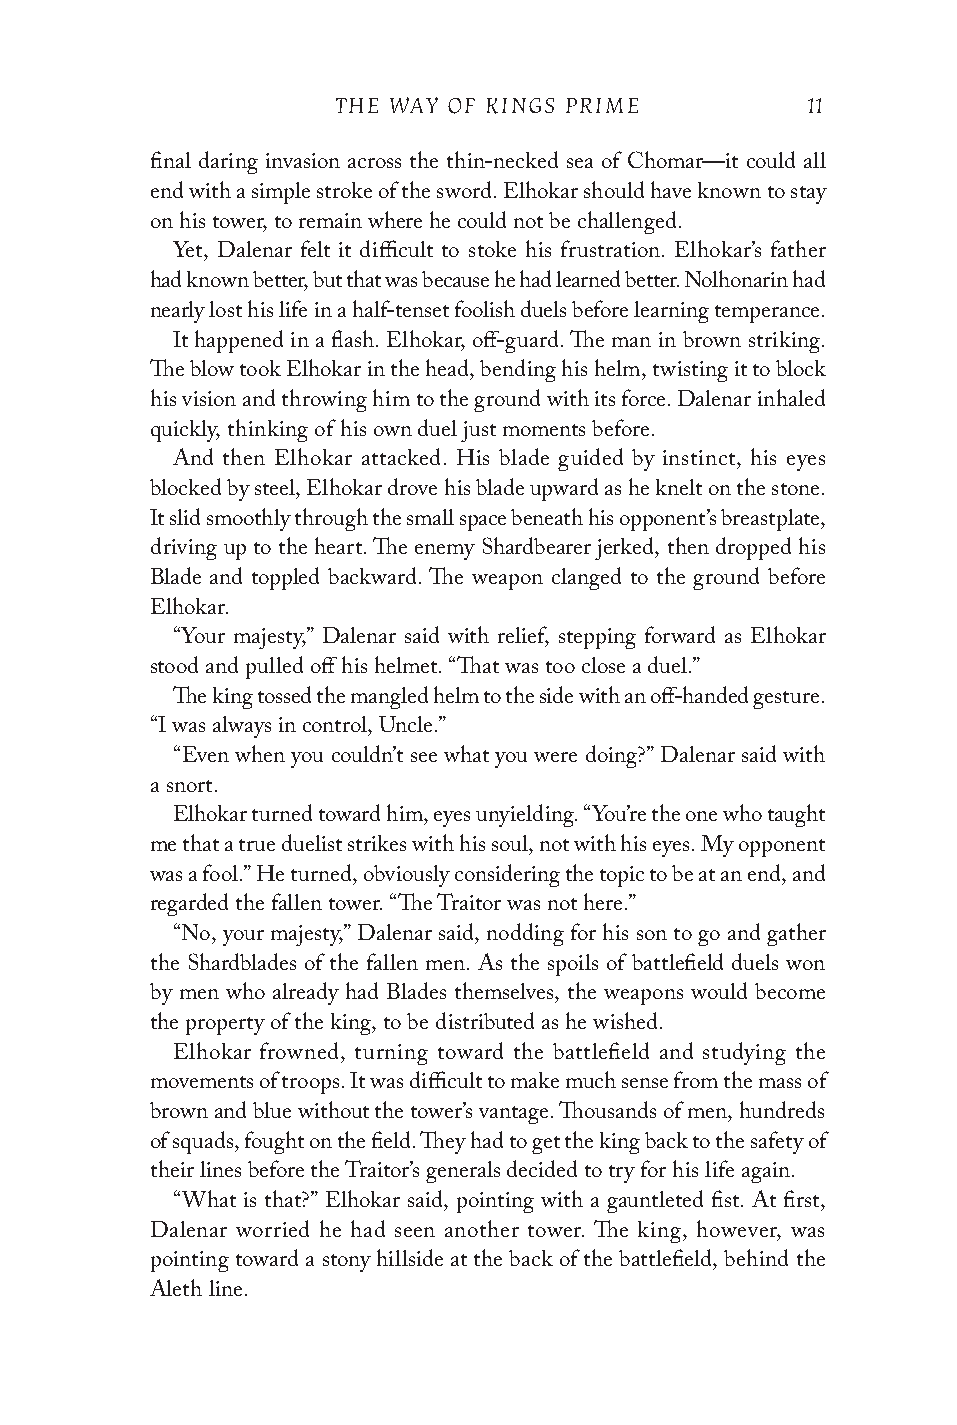
THE WAY OF KINGS PRIME         11
 final daring invasion across the thin-necked sea of Chomar—it could all
 end with a simple stroke of the sword. Elhokar should have known to stay
 on his tower, to remain where he could not be challenged.
 Yet, Dalenar felt it difficult to stoke his frustration. Elhokar’s father
 had known better, but that was because he had learned better. Nolhonarin had
 nearly lost his life in a half-tenset foolish duels before learning temperance.
 It happened in a flash. Elhokar, off-guard. The man in brown striking.
 The blow took Elhokar in the head, bending his helm, twisting it to block
 his vision and throwing him to the ground with its force. Dalenar inhaled
 quickly, thinking of his own duel just moments before.
 And then Elhokar attacked. His blade guided by instinct, his eyes
 blocked by steel, Elhokar drove his blade upward as he knelt on the stone.
 It slid smoothly through the small space beneath his opponent’s breastplate,
 driving up to the heart. The enemy Shardbearer jerked, then dropped his
 Blade and toppled backward. The weapon clanged to the ground before
 Elhokar.
 “Your majesty,” Dalenar said with relief, stepping forward as Elhokar
 stood and pulled off his helmet. “That was too close a duel.”
 The king tossed the mangled helm to the side with an off-handed gesture.
 “I was always in control, Uncle.”
 “Even when you couldn’t see what you were doing?” Dalenar said with
 a snort.
 Elhokar turned toward him, eyes unyielding. “You’re the one who taught
 me that a true duelist strikes with his soul, not with his eyes. My opponent
 was a fool.” He turned, obviously considering the topic to be at an end, and
 regarded the fallen tower. “The Traitor was not here.”
 “No, your majesty,” Dalenar said, nodding for his son to go and gather
 the Shardblades of the fallen men. As the spoils of battlefield duels won
 by men who already had Blades themselves, the weapons would become
 the property of the king, to be distributed as he wished.
 Elhokar frowned, turning toward the battlefield and studying the
 movements of troops. It was difficult to make much sense from the mass of
 brown and blue without the tower’s vantage. Thousands of men, hundreds
 of squads, fought on the field. They had to get the king back to the safety of
 their lines before the Traitor’s generals decided to try for his life again.
 “What is that?” Elhokar said, pointing with a gauntleted fist. At first,
 Dalenar worried he had seen another tower. The king, however, was
 pointing toward a stony hillside at the back of the battlefield, behind the
 Aleth line.